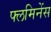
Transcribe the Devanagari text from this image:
फ्लमिनेंस